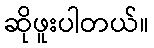
ဆိုဖူးပါတယ်။